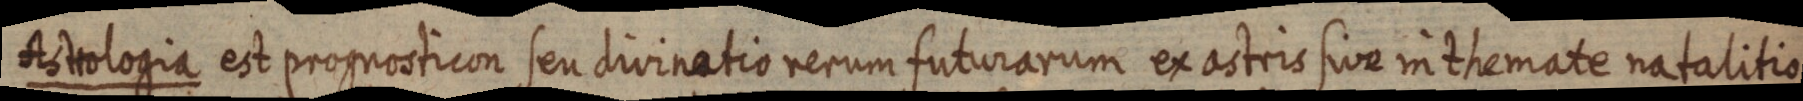
Astrologia est prognosticon seu divinatio rerum futurarum ex astris sive in themate natalitio